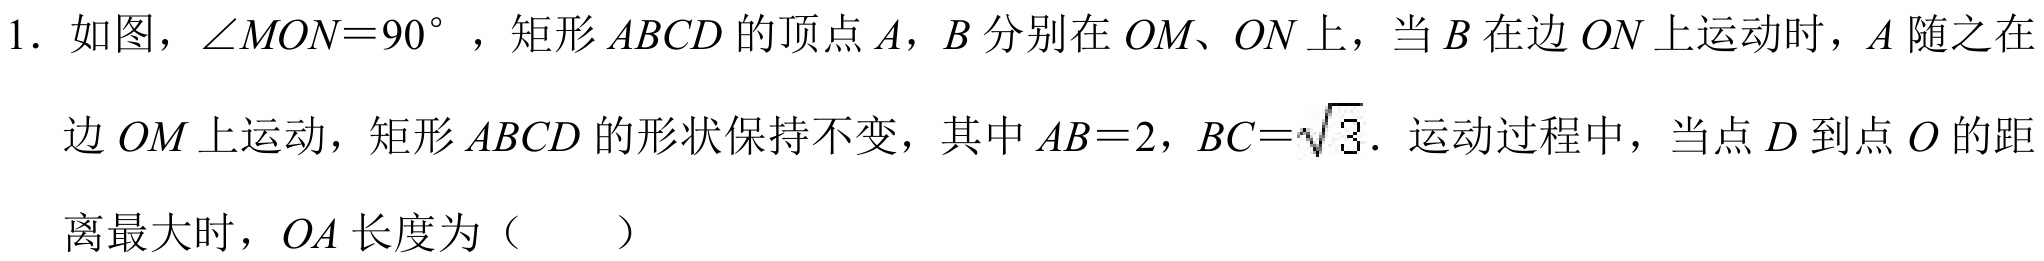
1. 如图，$\angle MON = 90^{\circ}$，矩形$ABCD$的顶点$A$，$B$分别在$OM$、$ON$上，当$B$在边$ON$上运动时，$A$随之在边$OM$上运动，矩形$ABCD$的形状保持不变，其中$AB = 2$，$BC=\sqrt{3}$．运动过程中，当点$D$到点$O$的距离最大时，$OA$长度为（  ）